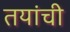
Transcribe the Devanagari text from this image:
तयांची